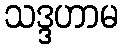
သဒ္ဒဟာမ